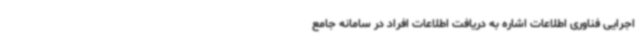
اجرایی فناوری اطلاعات اشاره به دریافت اطلاعات افراد در سامانه جامع